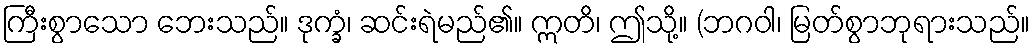
ကြီးစွာသော ဘေးသည်။ ဒုက္ခံ၊ ဆင်းရဲမည်၏။ ဣတိ၊ ဤသို့။ (ဘဂဝါ၊ မြတ်စွာဘုရားသည်။